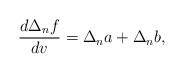
\begin{align*} \frac{d\Delta_nf}{dv}=\Delta_na+\Delta_nb,\end{align*}